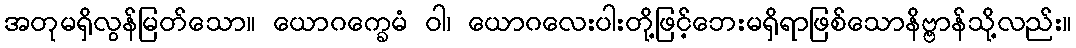
အတုမရှိလွန်မြတ်သော။ ယောဂက္ခေမံ ဝါ၊ ယောဂလေးပါးတို့ဖြင့်ဘေးမရှိရာဖြစ်သောနိဗ္ဗာန်သို့လည်း။